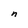
Character: n